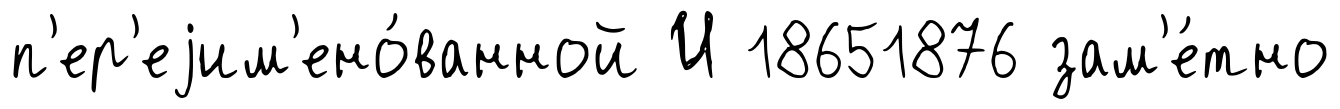
п'ер'еjим'ено́ванной И 18651876 зам'е́тно